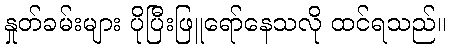
နှုတ်ခမ်းများ ပိုပြီးဖြူရော်နေသလို ထင်ရသည်။